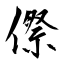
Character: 傺